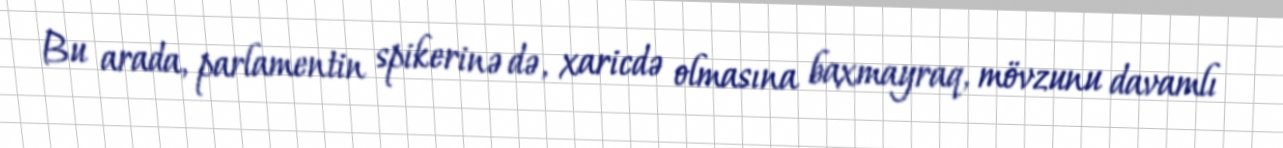
Bu arada, parlamentin spikerinə də, xaricdə olmasına baxmayraq, mövzunu davamlı